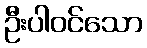
ဦးပါဝင်သော